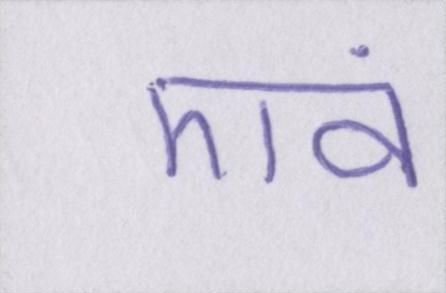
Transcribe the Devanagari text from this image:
एवं